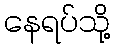
နေရပ်သို့